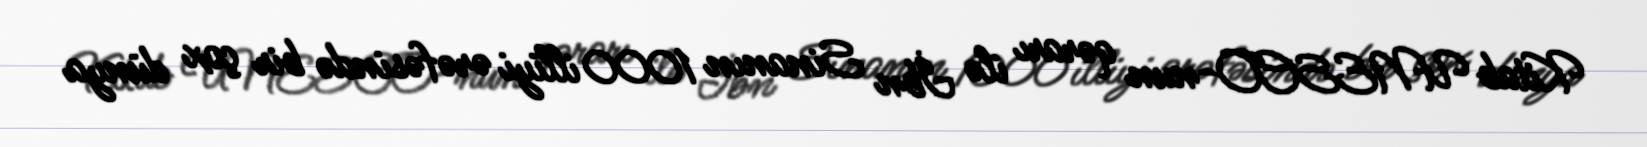
Kitab UNESCO-nun qərarı ilə İbn Sinanın 1000 illiyi ərəfəsində bir çox dünya